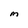
Character: M